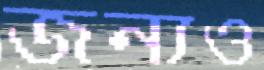
জন্যও